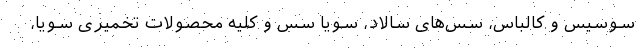
سوسیس و کالباس، سس‌های سالاد، سویا سس و کلیه محصولات تخمیری سویا،